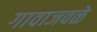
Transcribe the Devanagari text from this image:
गावाजवळे